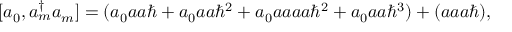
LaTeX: [ a _ { 0 } , a _ { m } ^ { \dagger } a _ { m } ] = ( a _ { 0 } a a \hbar + a _ { 0 } a a \hbar ^ { 2 } + a _ { 0 } a a a a \hbar ^ { 2 } + a _ { 0 } a a \hbar ^ { 3 } ) + ( a a a \hbar ) ,